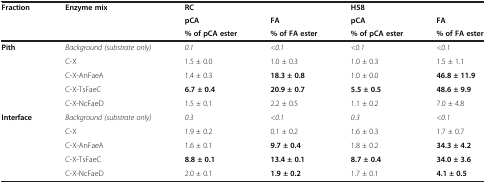
<table><thead><tr><td rowspan="3"><b>Fraction</b></td><td rowspan="3"><b>Enzyme mix</b></td><td><b>RC</b></td><td></td><td><b>H58</b></td><td></td></tr><tr><td><b>pCA</b></td><td><b>FA</b></td><td><b>pCA</b></td><td><b>FA</b></td></tr><tr><td><b>% of pCA ester</b></td><td><b>% of FA ester</b></td><td><b>% of pCA ester</b></td><td><b>% of FA ester</b></td></tr></thead><tbody><tr><td><b>Pith</b></td><td><i>Background (substrate only)</i></td><td><i>0.1</i></td><td><i>&lt;0.1</i></td><td><i>&lt;0.1</i></td><td><i>&lt;0.1</i></td></tr><tr><td></td><td>C-X</td><td>1.5 ± 0.0</td><td>1.0 ± 0.3</td><td>1.0 ± 0.3</td><td>1.5 ± 1.1</td></tr><tr><td></td><td>C-X-AnFaeA</td><td>1.4 ± 0.3</td><td><b>18.3 ± 0.8</b></td><td>1.0 ± 0.0</td><td><b>46.8 ± 11.9</b></td></tr><tr><td></td><td>C-X-TsFaeC</td><td><b>6.7 ± 0.4</b></td><td><b>20.9 ± 0.7</b></td><td><b>5.5 ± 0.5</b></td><td><b>48.6 ± 9.9</b></td></tr><tr><td></td><td>C-X-NcFaeD</td><td>1.5 ± 0.1</td><td>2.2 ± 0.5</td><td>1.1 ± 0.2</td><td>7.0 ± 4.8</td></tr><tr><td><b>Interface</b></td><td><i>Background (substrate only)</i></td><td><i>0.3</i></td><td><i>&lt;0.1</i></td><td><i>0.3</i></td><td><i>&lt;0.1</i></td></tr><tr><td></td><td>C-X</td><td>1.9 ± 0.2</td><td>0.1 ± 0.2</td><td>1.6 ± 0.3</td><td>1.7 ± 0.7</td></tr><tr><td></td><td>C-X-AnFaeA</td><td>1.6 ± 0.1</td><td><b>9.7 ± 0.4</b></td><td>1.8 ± 0.2</td><td><b>34.3 ± 4.2</b></td></tr><tr><td></td><td>C-X-TsFaeC</td><td><b>8.8 ± 0.1</b></td><td><b>13.4 ± 0.1</b></td><td><b>8.7 ± 0.4</b></td><td><b>34.0 ± 3.6</b></td></tr><tr><td></td><td>C-X-NcFaeD</td><td>2.0 ± 0.1</td><td><b>1.9 ± 0.2</b></td><td>1.7 ± 0.1</td><td><b>4.1 ± 0.5</b></td></tr></tbody></table>